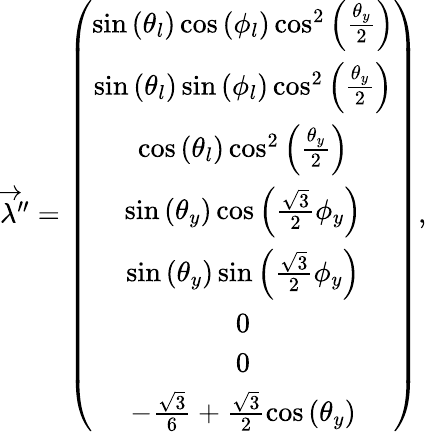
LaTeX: \begin{array}{r}{\overrightarrow{\lambda}^{\prime\prime}=\left(\begin{array}{c}{\sin\left(\theta_{l}\right)\cos\left(\phi_{l}\right)\cos^{2}\left(\frac{\theta_{y}}{2}\right)}\\ {\sin\left(\theta_{l}\right)\sin\left(\phi_{l}\right)\cos^{2}\left(\frac{\theta_{y}}{2}\right)}\\ {\cos\left(\theta_{l}\right)\cos^{2}\left(\frac{\theta_{y}}{2}\right)}\\ {\sin\left(\theta_{y}\right)\cos\left(\frac{\sqrt{3}}{2}\phi_{y}\right)}\\ {\sin\left(\theta_{y}\right)\sin\left(\frac{\sqrt{3}}{2}\phi_{y}\right)}\\ {0}\\ {0}\\ {-\frac{\sqrt{3}}{6}+\frac{\sqrt{3}}{2}\cos\left(\theta_{y}\right)}\end{array}\right),}\end{array}